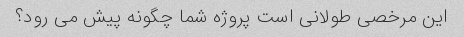
این مرخصی طولانی است پروژه شما چگونه پیش می رود؟